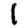
Digit: 1